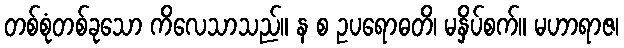
တစ်စုံတစ်ခုသော ကိလေသာသည်။ န စ ဥပရောဓတိ၊ မနှိပ်စက်။ မဟာရာဇ၊